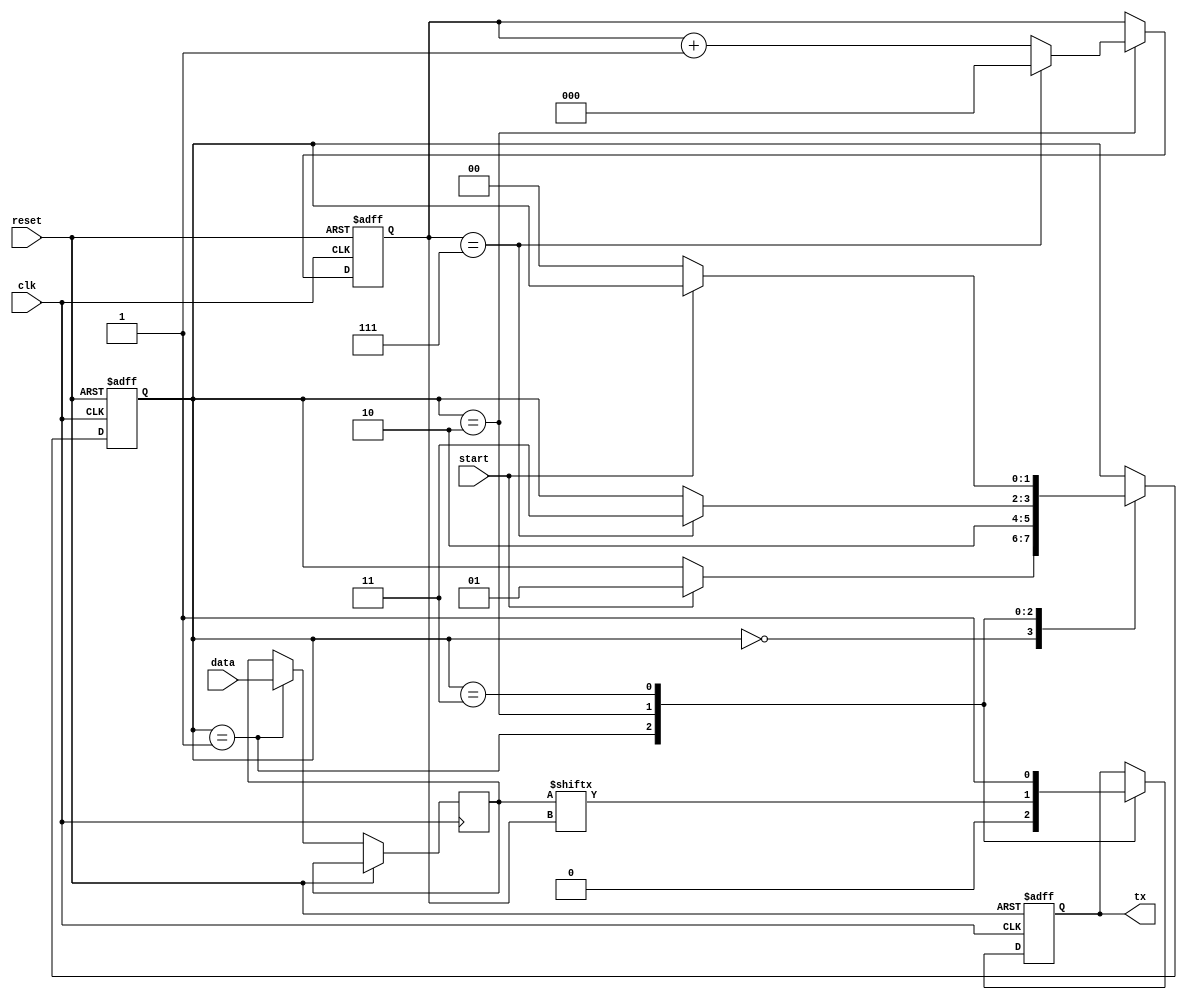
// Basic UART transmitter, 8 data bits, 1 stop bit, no parity

module UART_TX(
    input clk,
    input reset,
    input [7:0] data,
    input start,
    output reg tx
);

        reg [7:0] data_buffer;
        reg [2:0] bitcounter;
		reg [1:0] state;

        always @ (posedge clk or posedge reset) begin
            if (reset) begin
                bitcounter <= 0;
                tx <= 1;
                state <= 2'd0;
            end else begin
				case (state)
					0: begin
						if (start) begin
							state <= 1'd1;
						end
					end
					1: begin
						data_buffer <= data;
						tx <= 0; // start bit
						state <= 2'd2; 
					end
					2: begin
						tx <= data_buffer[bitcounter];
						bitcounter <= bitcounter + 1;
						if (bitcounter == 7) begin
							bitcounter <= 0;
							state <= 2'd3;
						end
					end
					3: begin
						tx <= 1; // stop bit
						if (!start) begin
							state <= 2'd0;
						end
					end
				endcase
            end
        end



endmodule